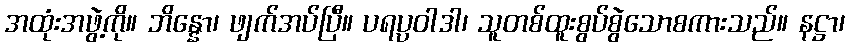
အထုံးအဖွဲ့ကို။ ဘိန္နော၊ ဖျက်အပ်ပြီ။ ပရပ္ပဝါဒါ၊ သူတစ်ထူးစွပ်စွဲသောစကားသည်။ နဋ္ဌာ၊